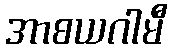
အာစယဂါမီ